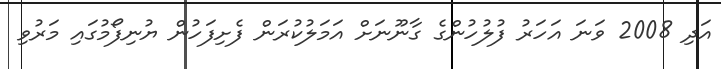
އަދި 2008 ވަނަ އަހަރު ފުލުހުންގެ ގާނޫނަށް އަމަލުކުރަން ފެށިފަހުން ޔުނިފޯމުގައި މަރުވި